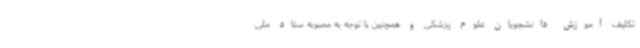
تکلیف آموزش دانشجویان علوم پزشکی و همچنین با توجه به مصوبه ستاد ملی